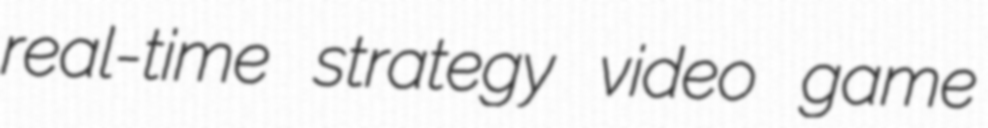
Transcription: real-time strategy video game